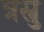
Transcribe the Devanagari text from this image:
त्रस्नु